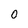
Character: 0